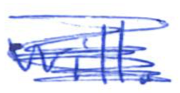
Text: will.
Cross-out: scratch
Writing tool: ballpoint